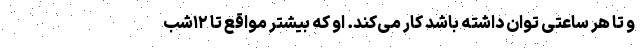
و تا هر ساعتی توان داشته باشد کار می‌کند. او که بیشتر مواقع تا ۱۲شب